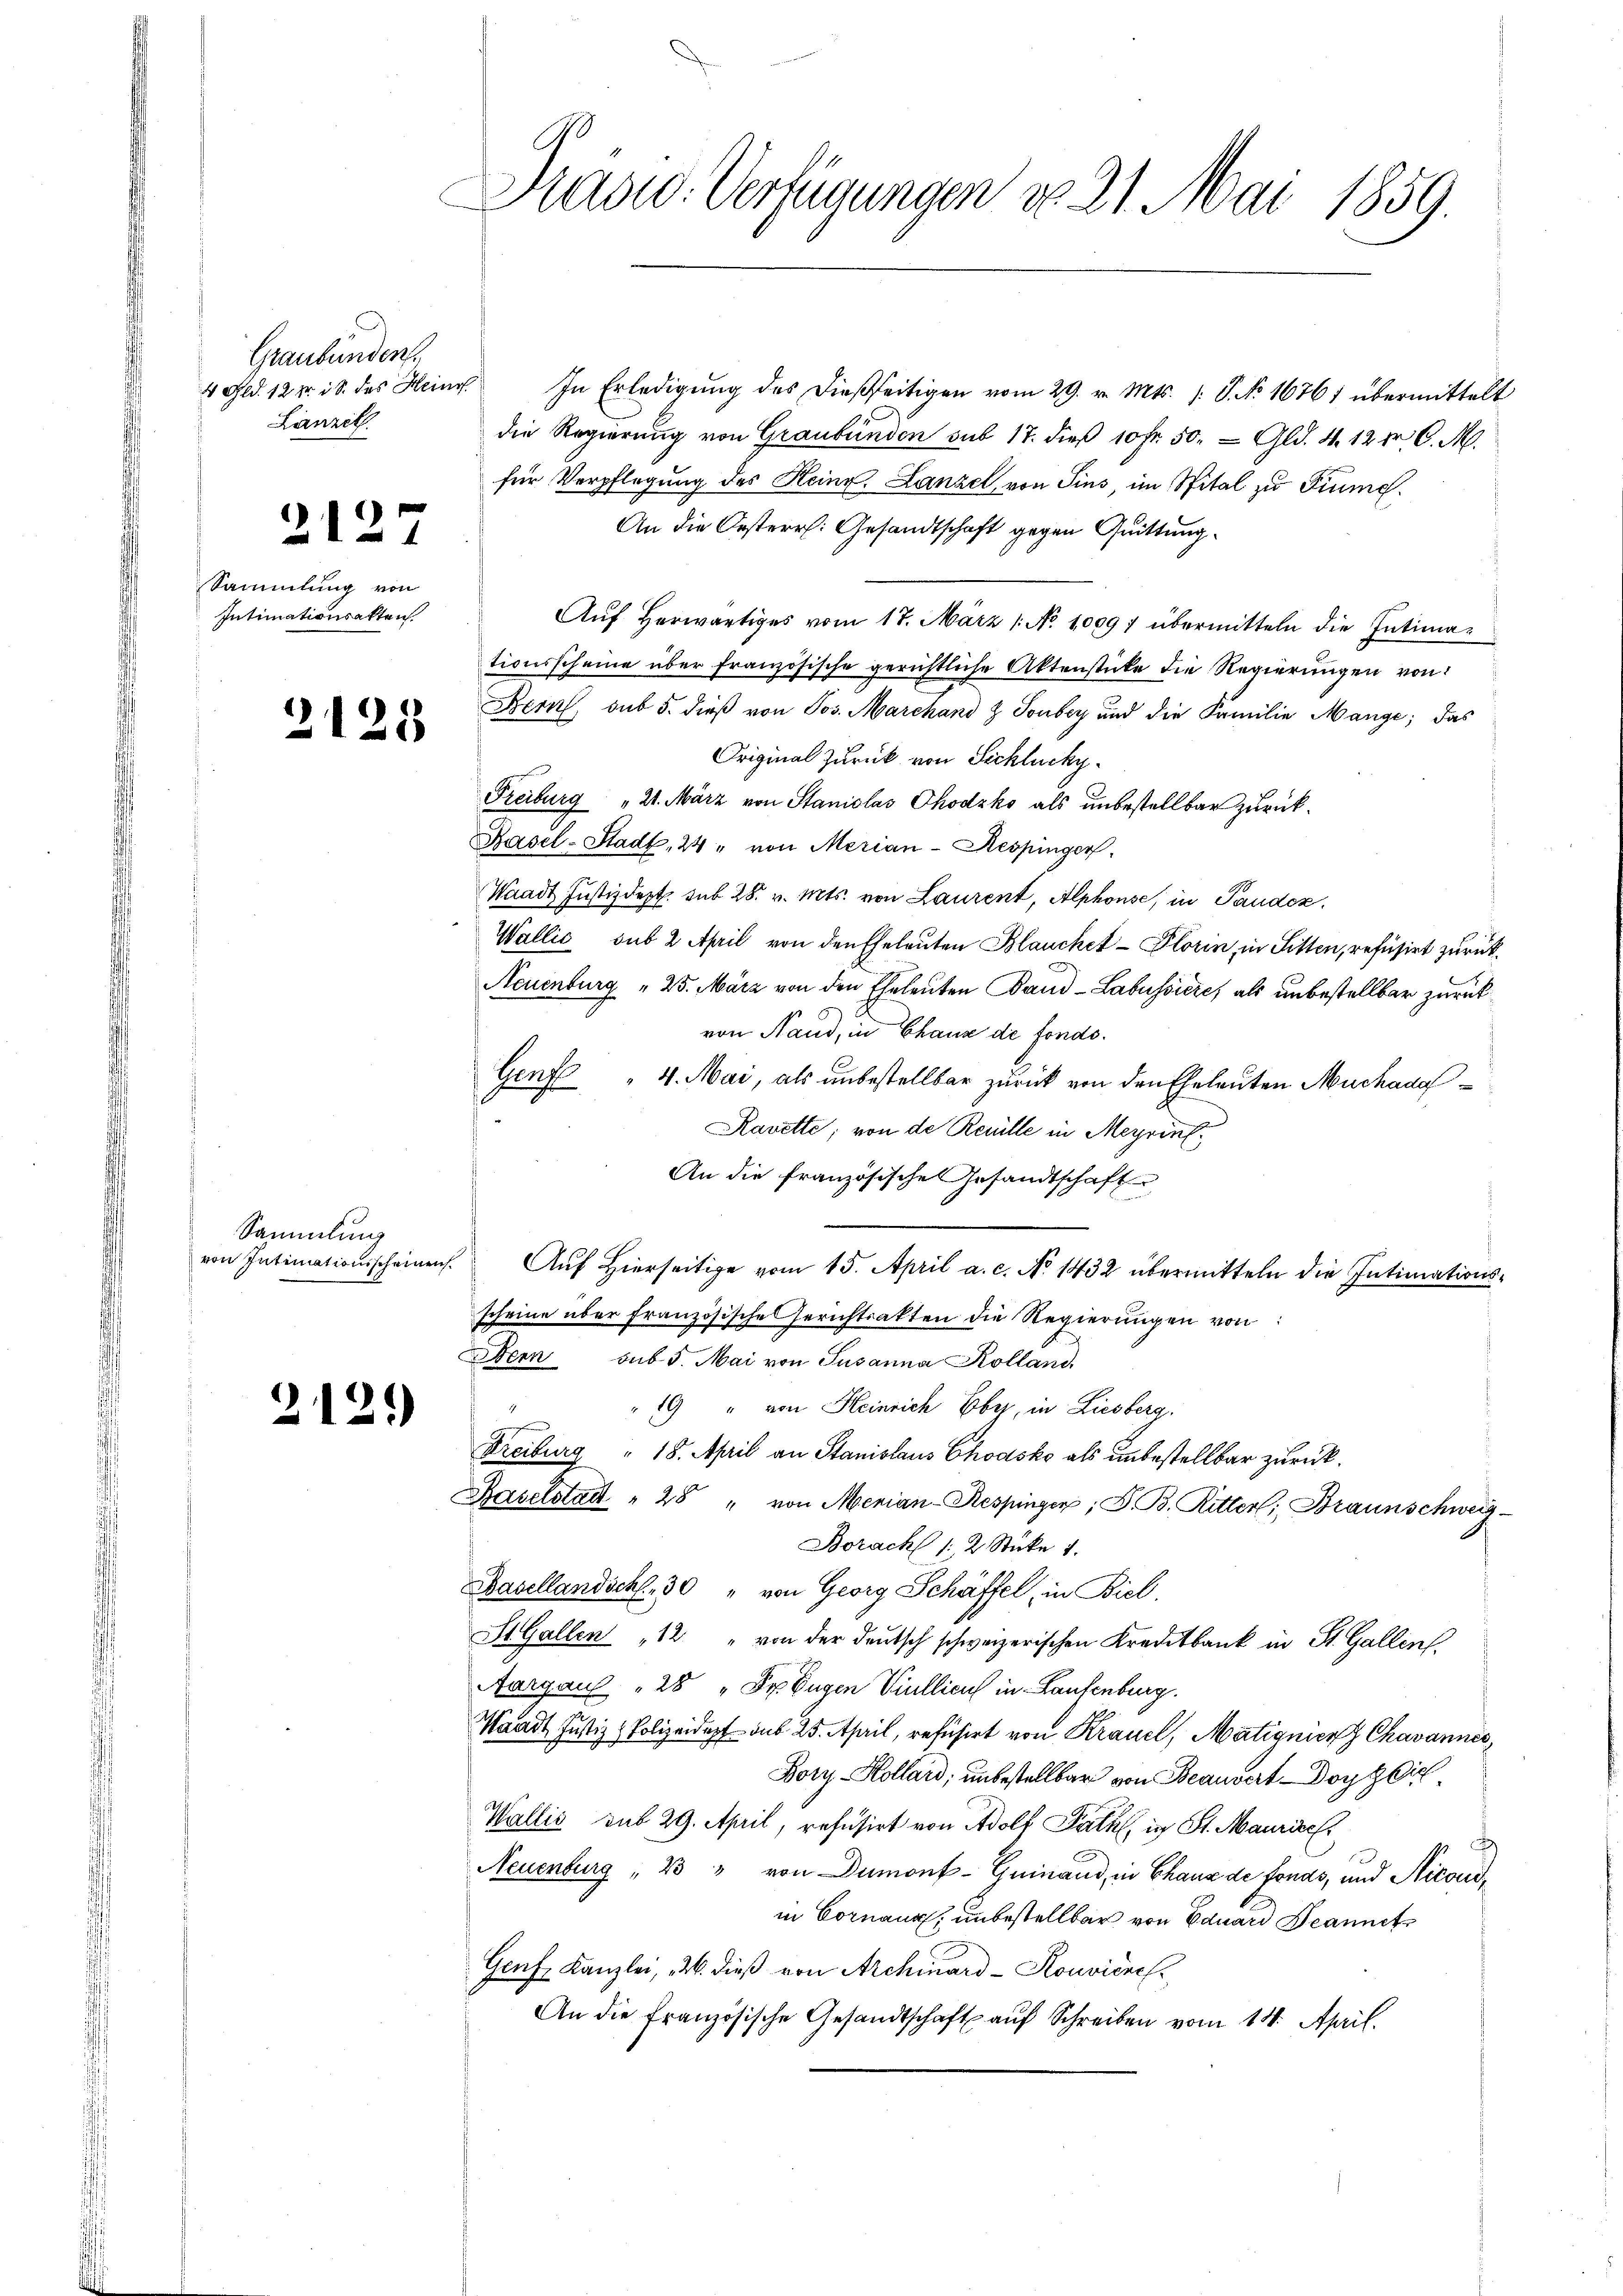
Graubünden.
Lianzik

2127

Sammlung von
Intimationsakten.

2125

Sammlung
von Intimationsscheinen,

2121)

Prasw. Verfügungen No. 21. Mai 1859.

4 ed. 12 v. i. des Heinr. In Erledigŭng des dießseitigen vom 29. v. Mts. 1. J. No. 16761 übermittelt
die Regierung von Graubünden sub 17. dieβ 10 Fr. 50. - Gld. 4. 12 fr C. M.
für Verpflegung des Heinr. Lanzel, von Sins, im Spital zu Fiume.
An die Oesterr. Gesandtschaft gegen Quittung.
Auf herwärtiges vom 17. März 1. No. 10097 übermitteln die Intimationsscheine über französische gerichtliche Aktenstücke die Regierungen von
Bern, sub 5. dieß von Jos. Marchand & Soubry und die Familie Mange; das
Original zurück von Schlucky.
Freiburg " 21. März von Stanislas Chodzko als unbestellbar zurück¬
Kasel-Stadt, 24 " von Merian-Respinger
Waadt Justizdept. sub 28. v. Mts. von Laurent, Alphonse, in Pander
Wallis sub 2 April von den Eheleuten Blauchet Plorin, in Sitten, refusirt zurück¬
Neuenburg " 25. März von den Eheleuten Band -Labussiere, als unbestellbar zurückvon Hand, in Chaus de fondo.
Genf " 4. Mai, als unbestellbar zurück von den Eheleuten Michade
Kanette; von de Reuille in Meyrint
An die französische Gesandtschaften
s
Auf Hierseitige vom 15. April a. c. No 1432 übermitteln die Intimationsscheine über französische Gerichtsakten die Regierungen von
Bern sub 5. Mai von Susanna Kolland,
" 19 " von Heinrich Ebyz, in Liesberg.
Freiburg " 18. April an Stanislaus Chodsko als unbestellbar zurück¬
Baselstadt " 28 " von Menian-Respinger, D. B. Ritter; Braunschweig-
Borach 12 Stücke 1.
Basellandschl, 30 " von Georg Schäffel, in Biel,
St. Gallen 12 " von der deutsch schweizerischen Kreditbank in St. Gallen.
Aargau 28 " Dr. Eugen Viellicus in Laufenburg.
Waadt Justiz & Polizeidopf aus 25. April, refüsirt von Krauel, Matignien Chavannes,
Kory-Kollard, unbestellbar von Beauvert Doch ich
Wallis sub 29. April, refusirt von Adolf Paul, in St. Maurice,
Neuenburg 13 " von Dumont-Guinand, in Chaus de fonds, und Nicoudin Cornaux, unbestellbar von Eduard Deannet
Genf Kanzlei, u. dieß von Archiard-Konvices
An die französische Gesandtschaft aŭf Schreiben vom 14. April.